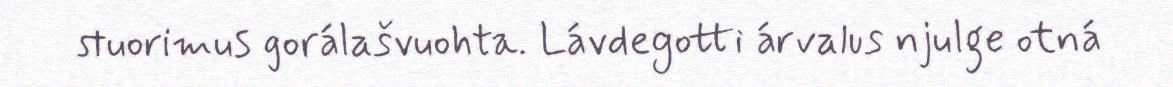
stuorimus gorálašvuohta. Lávdegotti árvalus njulge otná